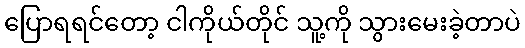
ပြောရရင်တော့ ငါကိုယ်တိုင် သူ့ကို သွားမေးခဲ့တာပဲ